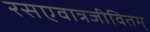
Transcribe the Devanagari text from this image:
रसएवात्रजीवितम्